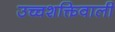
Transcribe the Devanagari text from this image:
उच्चशक्तिवाली